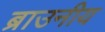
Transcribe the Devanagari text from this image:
ब्राउनीय